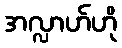
အလ္လာဟ်ဟို